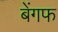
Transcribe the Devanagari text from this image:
बेंगफ